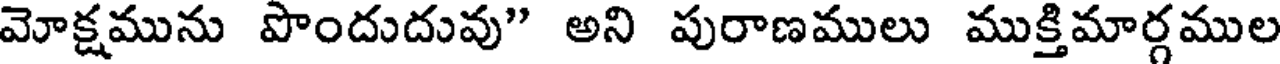
మోక్షమును పొందుదువు" అని పురాణములు ముక్తిమార్గముల